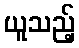
ယူသည့်